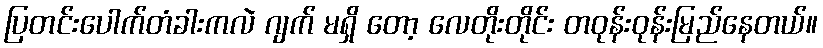
ပြတင်းပေါက်တံခါးကလဲ ဂျက် မရှိ တော့ လေတိုးတိုင်း တဝုန်းဝုန်းမြည်နေတယ်။